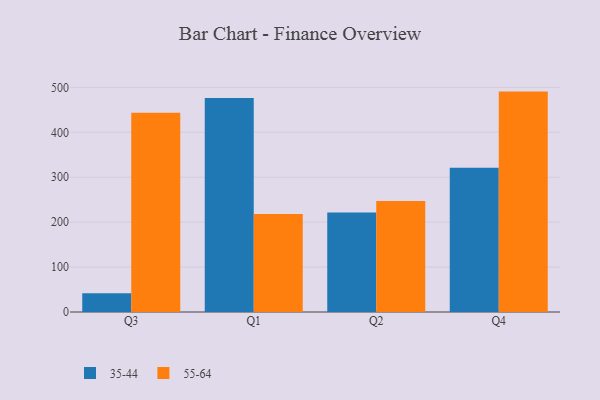
{"axis": {"x": "Quarter", "y": "Conversion Rate (%)"}, "legend": ["35-44", "55-64"], "data": [{"x": "Q3", "y": 41.9, "type": "35-44"}, {"x": "Q3", "y": 443.3, "type": "55-64"}, {"x": "Q1", "y": 476.1, "type": "35-44"}, {"x": "Q1", "y": 218.2, "type": "55-64"}, {"x": "Q2", "y": 221.3, "type": "35-44"}, {"x": "Q2", "y": 247.3, "type": "55-64"}, {"x": "Q4", "y": 321.3, "type": "35-44"}, {"x": "Q4", "y": 490.6, "type": "55-64"}]}